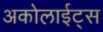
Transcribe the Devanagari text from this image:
अकोलाईट्स